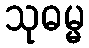
သုဓမ္မ